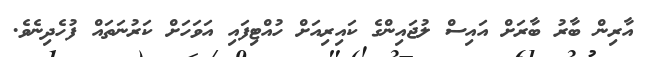
އާރިން ބާރު ބާރަށް އައިސް ލުޖައިންގެ ކައިރިއަށް ހުއްޓިފައި އަވަހަށް ކަރުނަތައް ފުހެދިނެވެ.